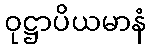
ဝုဋ္ဌာပိယမာနံ